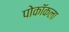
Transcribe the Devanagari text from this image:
पोकॉकला